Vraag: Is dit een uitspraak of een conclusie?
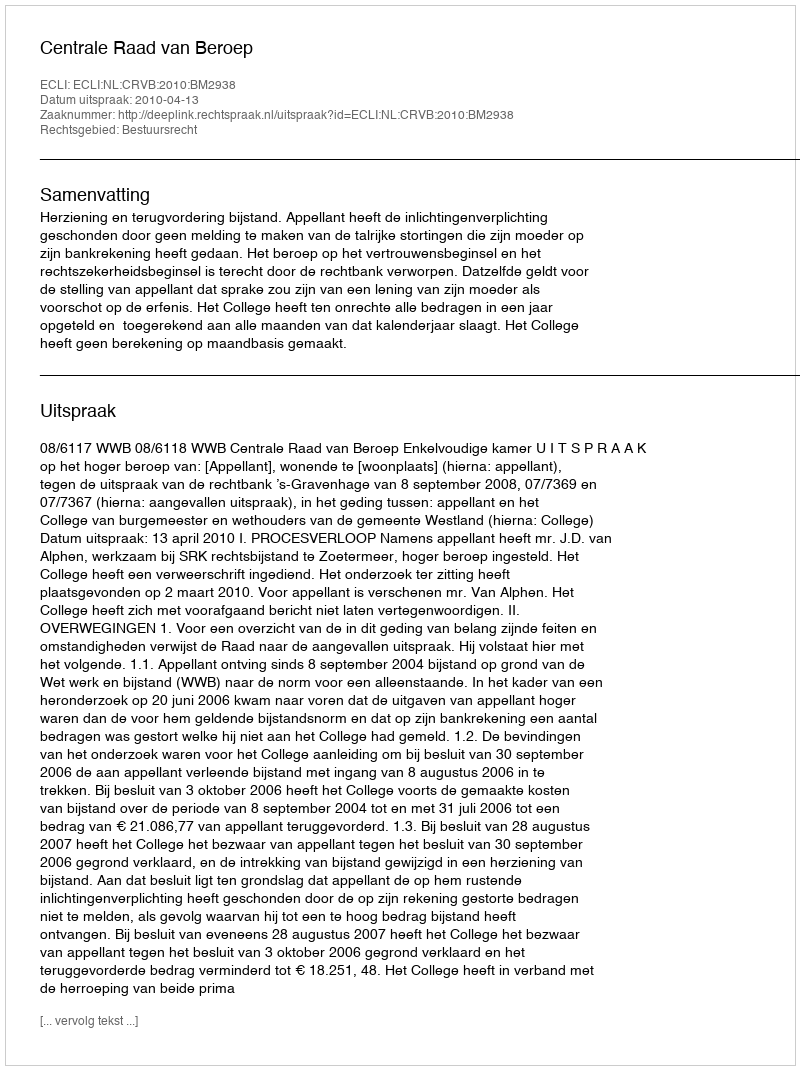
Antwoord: Uitspraak